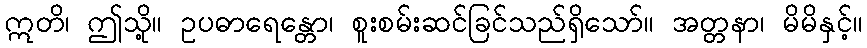
ဣတိ၊ ဤသို့။ ဥပဓာရေန္တော၊ စူးစမ်းဆင်ခြင်သည်ရှိသော်။ အတ္တနာ၊ မိမိနှင့်။